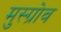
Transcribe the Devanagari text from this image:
मुस्ग्रोव